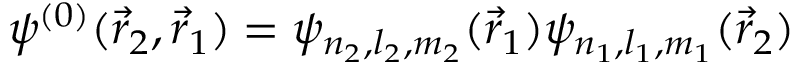
\psi ^ { ( 0 ) } ( { \vec { r } } _ { 2 } , { \vec { r } } _ { 1 } ) = \psi _ { n _ { 2 } , l _ { 2 } , m _ { 2 } } ( { \vec { r } } _ { 1 } ) \psi _ { n _ { 1 } , l _ { 1 } , m _ { 1 } } ( { \vec { r } } _ { 2 } )